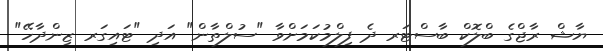
ޔާޝް ރާޖްގެ ބްލޮކް ބާސްޓަރ ދެ ފިލްމުކަމަށްވާ "ސުލްތާން" އަދި "ޓައިގަރ ޒިންދާހޭ"